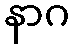
နာဂ